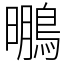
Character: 䳟